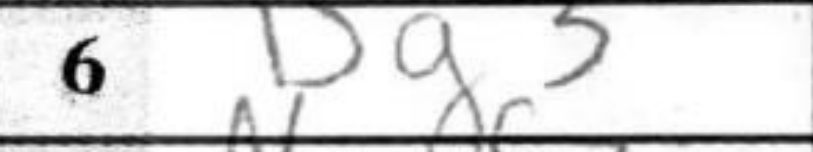
Transcription: Bg3